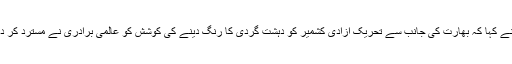
انہوں نے کہا کہ بھارت کی جانب سے تحریک آزادی کشمیر کو دہشت گردی کا رنگ دینے کی کوشش کو عالمی برادری نے مسترد کر دیا ہے۔